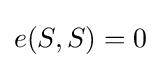
e(S,S)=0